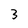
Character: 3